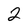
Character: 2